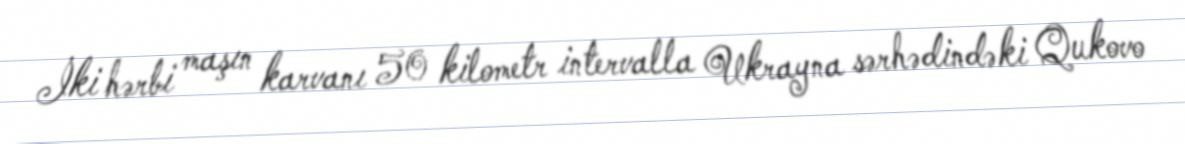
İki hərbi maşın karvanı 50 kilometr intervalla Ukrayna sərhədindəki Qukovo